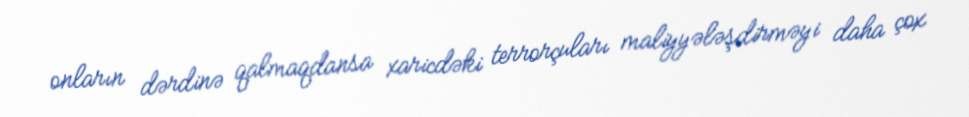
onların dərdinə qalmaqdansa xaricdəki terrorçuları maliyyələşdirməyi daha çox